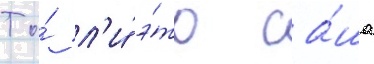
То́ л'и́ э́то са́ша